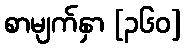
စာမျက်နှာ [၃၆၀]